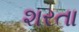
શરતા